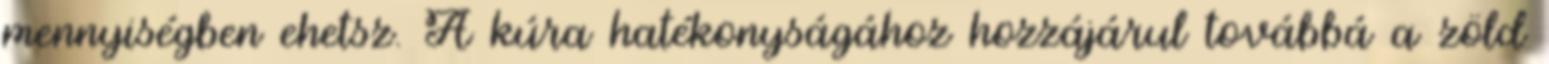
mennyiségben ehetsz. A kúra hatékonyságához hozzájárul továbbá a zöld